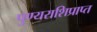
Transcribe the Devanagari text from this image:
पुण्यराशिप्राप्त